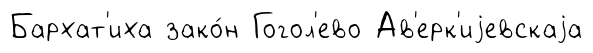
Бархат'иха зако́н Гогол'ево Ав'ерк'иjевскаjа